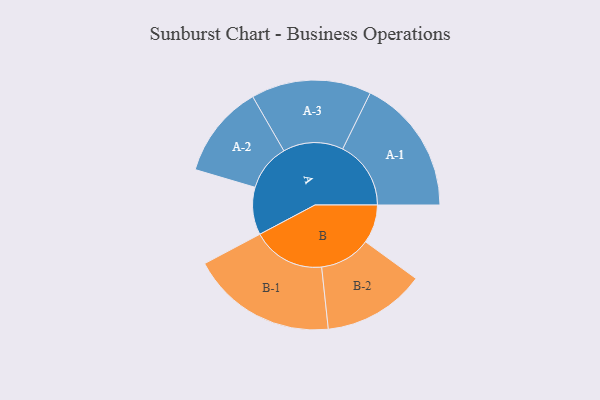
{"axis": {"x": "Segment", "y": "Value"}, "legend": ["", "A", "B"], "data": [{"x": "A", "y": 170, "type": ""}, {"x": "B", "y": 138, "type": ""}, {"x": "A-1", "y": 244, "type": "A"}, {"x": "A-2", "y": 167, "type": "A"}, {"x": "A-3", "y": 215, "type": "A"}, {"x": "B-1", "y": 261, "type": "B"}, {"x": "B-2", "y": 183, "type": "B"}]}